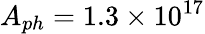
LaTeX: A_{ph}=1.3\times 10^{17}